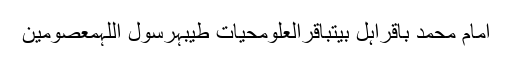
امام محمد باقراہل بیتباقرالعلومحیات طیبہرسول اللہمعصومین